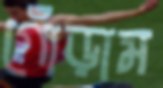
গোঁড়াম